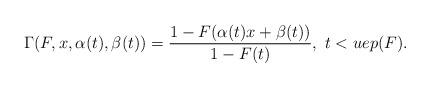
LaTeX: \begin{align*}\Gamma (F,x,\alpha (t),\beta (t))=\frac{1-F(\alpha (t)x+\beta (t))}{1-F(t)}, \ t<uep(F).\end{align*}